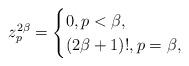
LaTeX: \begin{align*}z_p^{2\beta}=\begin{cases}0,p<\beta,\\(2\beta+1)!, p=\beta,\end{cases}\end{align*}